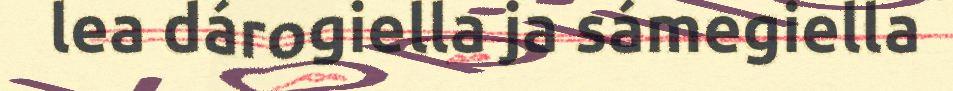
lea dárogiella ja sámegiella